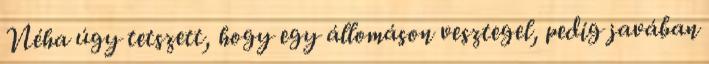
Néha úgy tetszett, hogy egy állomáson vesztegel, pedig javában